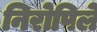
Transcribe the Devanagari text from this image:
निरोपिले